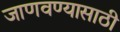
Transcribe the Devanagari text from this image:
जाणवण्यासाठी